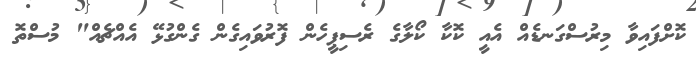
ކޮޮށްފައިވާ މިރުސްގަނޑެއް އެއީ ކޮކާ ކޯލާގެ ރެސިޕީހެން ފޮރުވައިގެން ގެންގުޅޭ އެއްޗެއް" މުސްތޮ